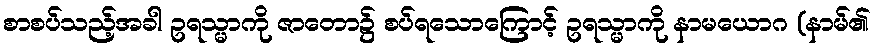
စာစပ်သည့်အခါ ဥရသ္မာကို ဇာတော၌ စပ်ရသောကြောင့် ဥရသ္မာကို နာမယောဂ (နာမ်၏